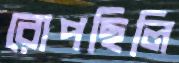
রোপছিলি